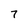
Character: 7